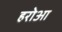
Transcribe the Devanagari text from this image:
हरोआ